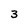
Character: 3